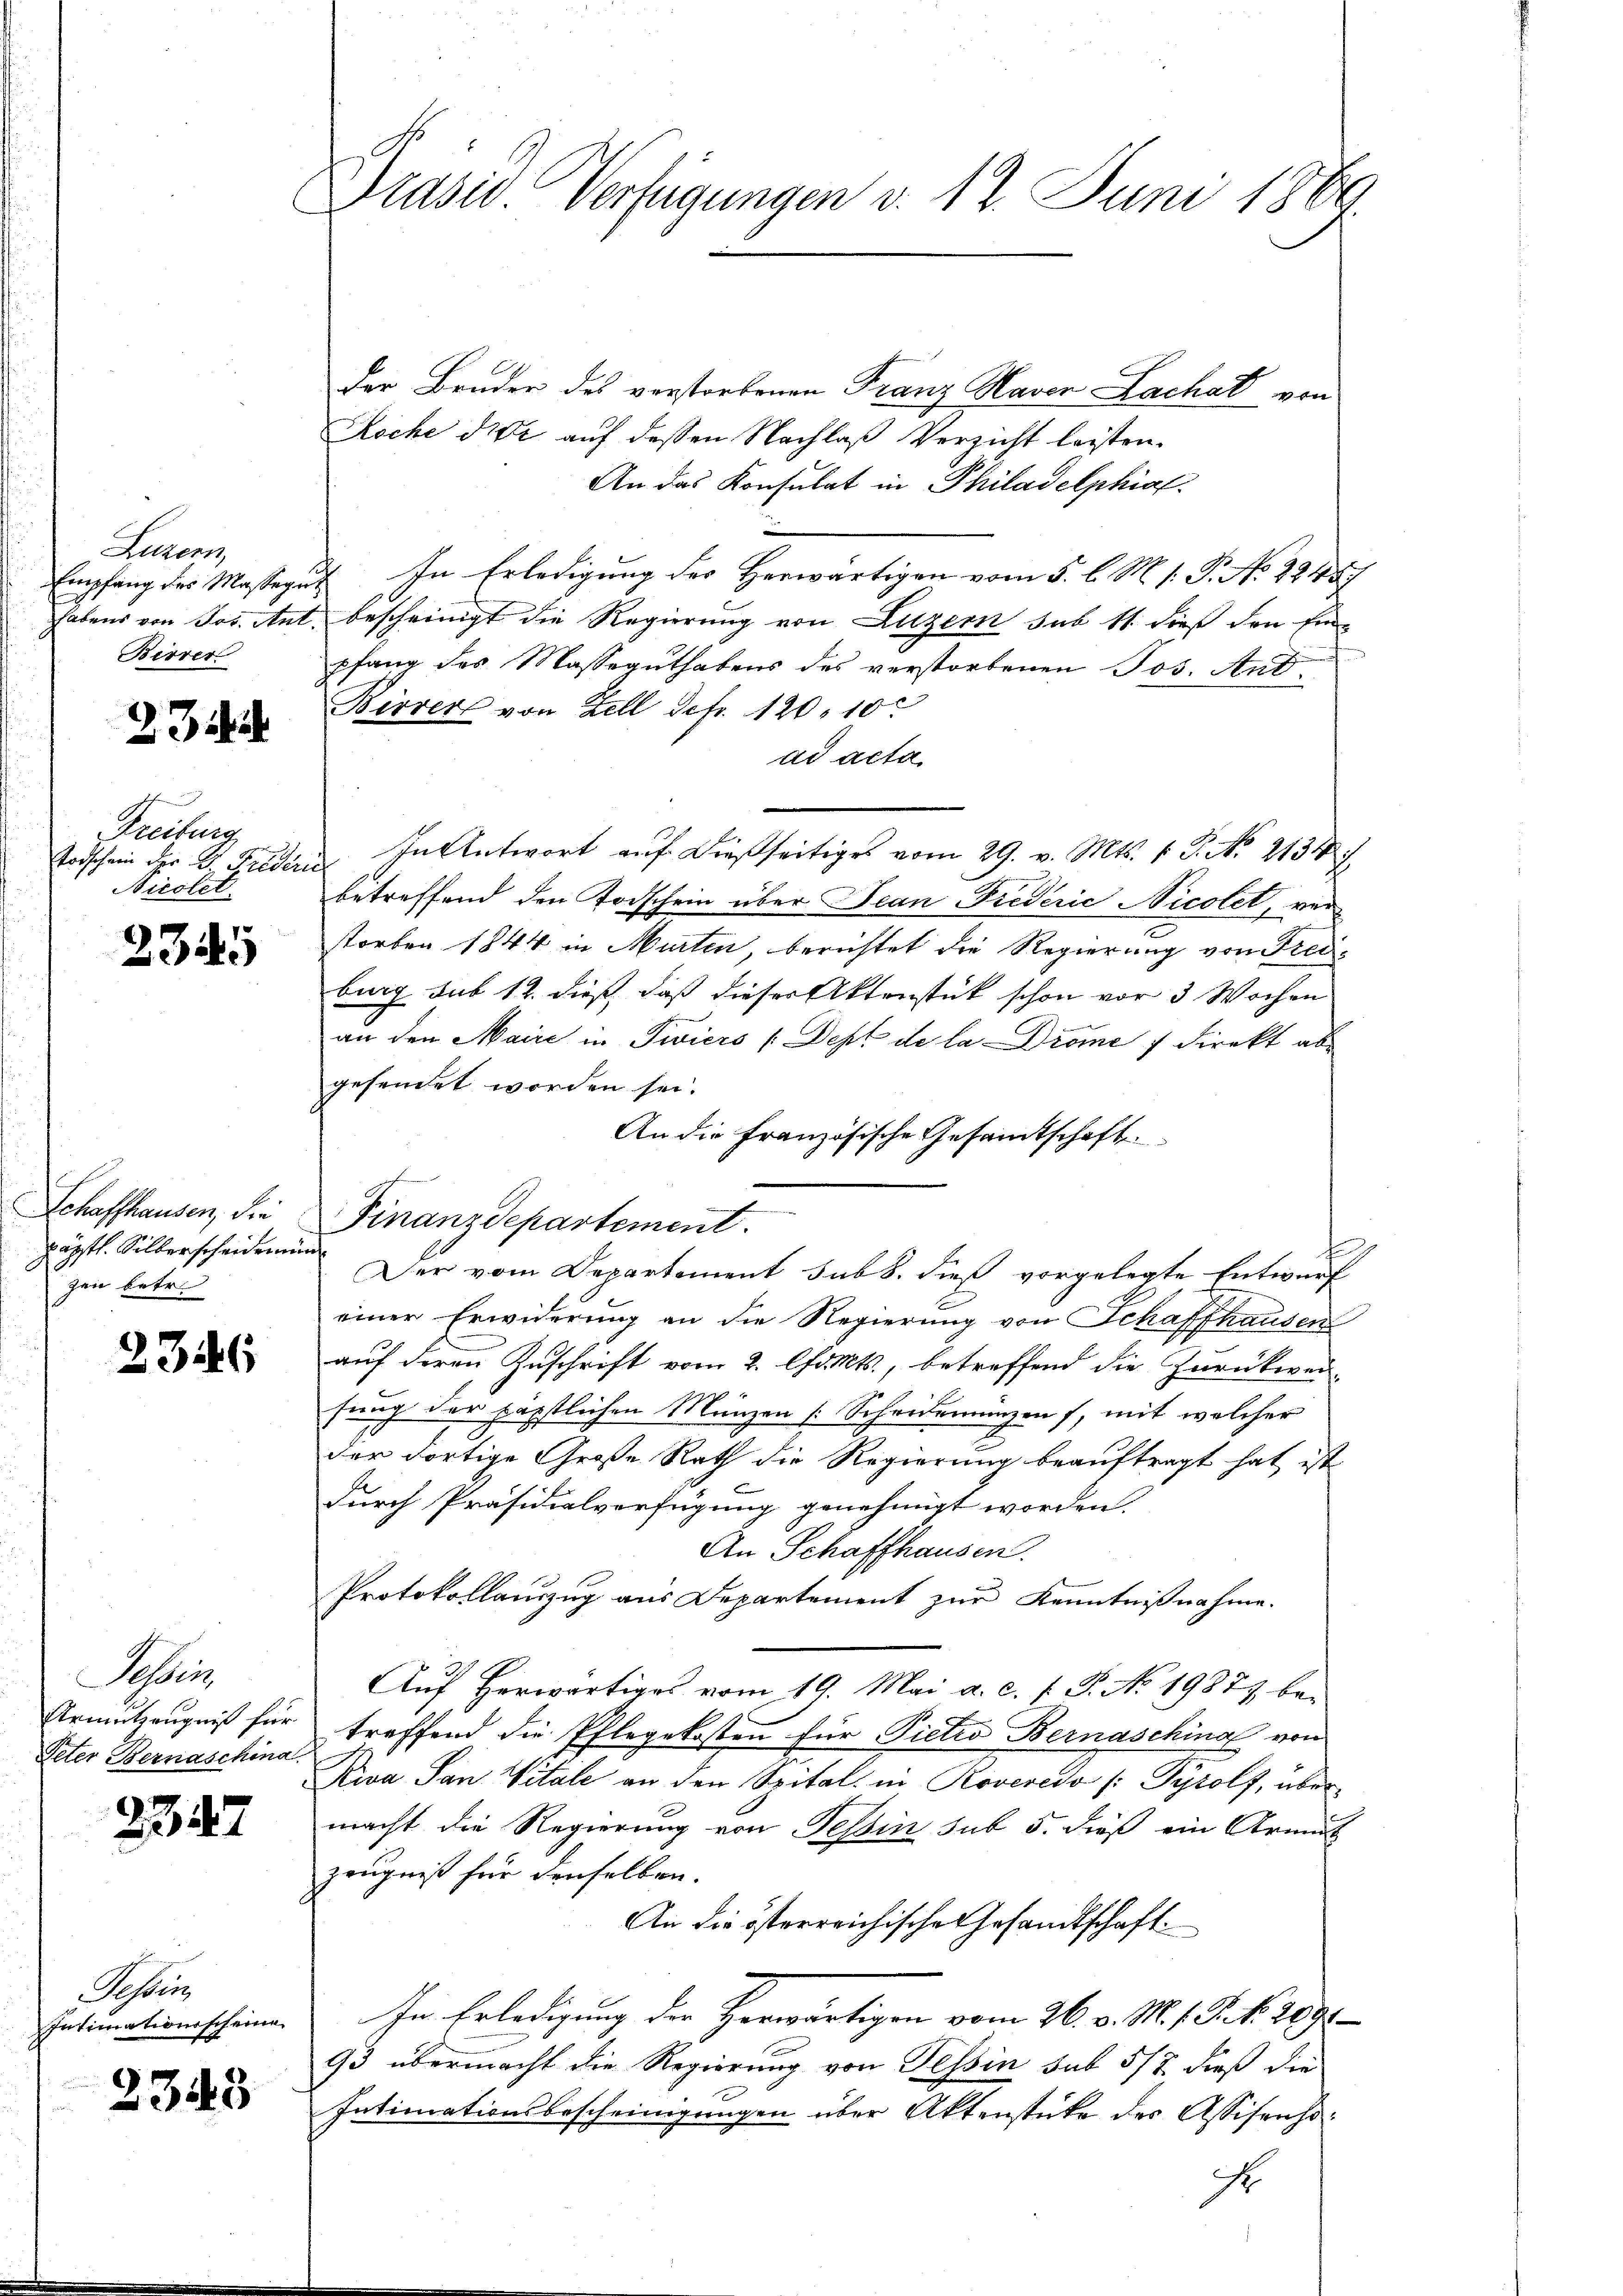
Auren
Birrer

27

Freiburg
Todschein der Dr. Freden
Nicolet.

2345

Schaffhausen, die
päpstl. Silberscheiden
zen betr

236

Sehen
Armutzeugniß für
Peter Bernaschina

2347

Schrei
Intimationsscheine

2348

Prasio Verfügungen v. 12. Juni 1884.

Der Bruder des verstorbenen Franz Haven Lachat von
Roche die auf dessen Nachlaß Verzicht leisten.
An das Konsulat in Philadelphia
.
Empfang des Massegut In Erledigung des Herwärtigen vom 5. l. M. s. P. No. 22457
habens von Jos. Ant. bescheinigt die Regierung von Luzern sub 11 dieß den Ein-
pfang des Masseguthabens des verstorbenen Jos. And
Birrer von Zell defr. 120. 10.
ad acta
In Antwort auf dießseitiges vom 29. v. Mts. v. P. No 2134
betreffend den Todschein über Jean Fiederić Nicolet, verstorben 1844 in Murten, berichtet die Regierung von Freiburg sub 12. dieß, daß dieser Aktenstück schon vor 3 Wochen
an den Maire in Tiers (Dept de la Drome 7 Direkt ab
gesendet worden sei.
An die Französische Gesamtschaft
Finanzdepartement.
s
Der vom Departement sub b. dieß vorgelegte Entwurf
einer Erwiderung an die Regierung von Schaffhausen
auf deren Zuschrift vom 2. lfd. Mts., betreffend die Zurückwerfung der päpstlichen Münzen (Scheidemünzen, mit welcher
der dortige Große Rath die Regierung beauftragt hat ist
durch Präsidialverfügung genehmigt worden.
An Schaffhausen.
Protokollauszug aus Departement zur Kenntnißnahme.
Auf herwärtiges vom 19. Mai a. c. f. P. No. 19873 betreffend die Pflegekosten für Pietro Bernaschinal von
Kiva San Vitäle an den Spital in Roveredo [Gyrolf, übermacht die Regierung von Tessin sub 5. dieß ein Armut
zeugniß für denselben.
An die österreichische Gesandtschaft.
In Erledigung der Horwärtigen vom 26. v. M. 1. P. Nr. 2091
93 übermacht die Regierung von Tessin sub 5/8 dieß die
Intimationsbescheinigungen über Aktenstücke des Assisenho
r